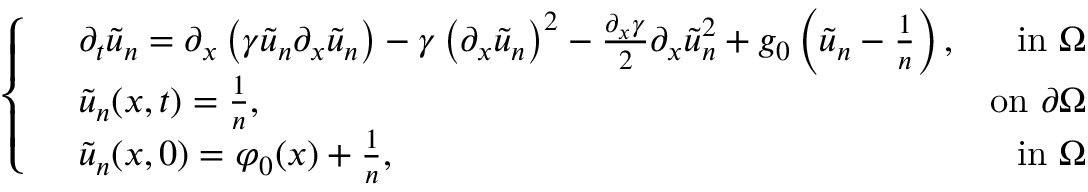
\left\{ \begin{array} { r l r } & { \partial _ { t } \tilde { u } _ { n } = \partial _ { x } \left( \gamma \tilde { u } _ { n } \partial _ { x } \tilde { u } _ { n } \right) - \gamma \left( \partial _ { x } \tilde { u } _ { n } \right) ^ { 2 } - \frac { \partial _ { x } \gamma } { 2 } \partial _ { x } \tilde { u } _ { n } ^ { 2 } + g _ { 0 } \left( \tilde { u } _ { n } - \frac { 1 } { n } \right) , } & { \mathrm { i n ~ } \Omega } \\ & { \tilde { u } _ { n } ( x , t ) = \frac { 1 } { n } , } & { \mathrm { o n ~ } \partial \Omega } \\ & { \tilde { u } _ { n } ( x , 0 ) = \varphi _ { 0 } ( x ) + \frac { 1 } { n } , } & { \mathrm { i n ~ } \Omega } \end{array} \right.